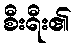
စီးရီး၏